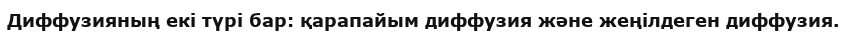
Диффузияның екі түрі бар: қарапайым диффузия жəне жеңілдеген диффузия.